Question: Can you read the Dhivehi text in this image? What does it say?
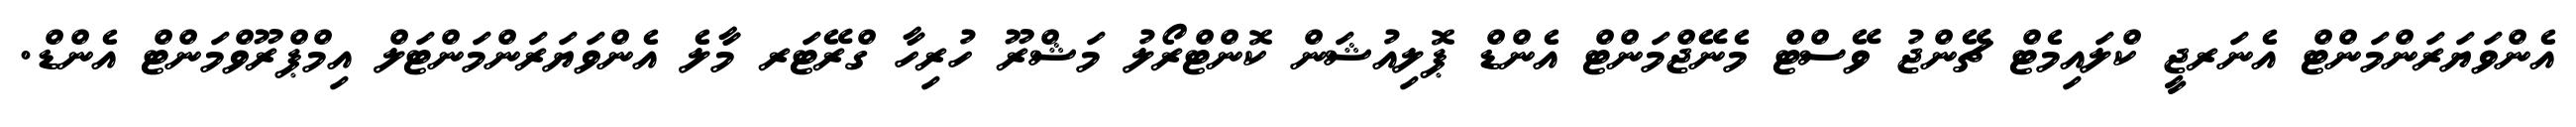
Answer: އެންވަޔަރަންމަންޓް އެނަރޖީ ކްލައިމެޓް ޗޭންޖު ވޭސްޓް މެނޭޖްމަންޓް އެންޑް ޕޮލިއުޝަން ކޮންޓްރޯލު މަޝްރޫ ހުރިހާ ގްރޭޓަރ މާލެ އެންވަޔަރަންމަންޓަލް އިމްޕްރޫވްމަންޓް އެންޑް.